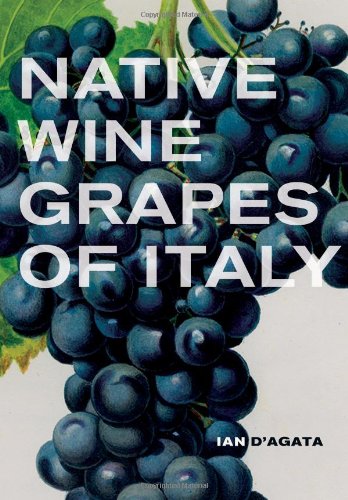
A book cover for Native Wine Grapes of Italy; Ian D'Agata; Cookbooks, Food & Wine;